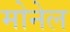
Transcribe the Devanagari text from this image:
मोनेल